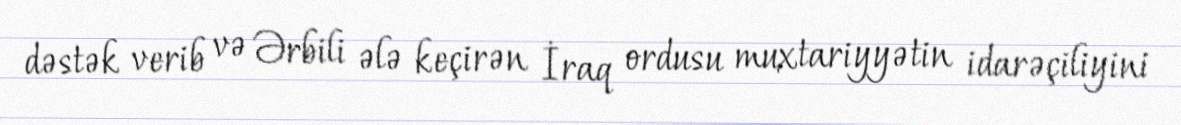
dəstək verib və Ərbili ələ keçirən İraq ordusu muxtariyyətin idarəçiliyini